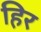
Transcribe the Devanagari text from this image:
हिर